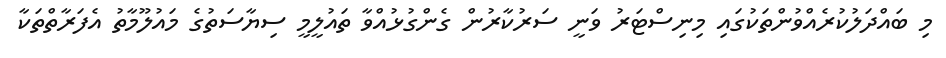
މި ބައްދަލުކުރެއްވުންތަކުގައި މިނިސްޓަރު ވަނީ ސަރުކާރުން ގެންގުޅުއްވާ ތައުލީމީ ސިޔާސަތުގެ މައުލޫމާތު އެފަރާތްތަކާ